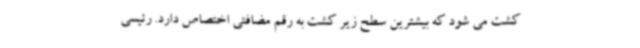
کشت می شود که بیشترین سطح زیر کشت به رقم مضافتی اختصاص دارد. رئیسی